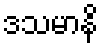
ဒသမာနိ